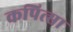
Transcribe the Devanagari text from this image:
कपित्सा